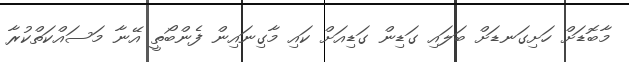
މާބޮޑަށް ހަށިގަނޑަށް ބަލައި ގަޑިން ގަޑިއަށް ކައި މާގިނައިން ފެންބޯތީ އޭނާ މަސައްކަތްކުރާ